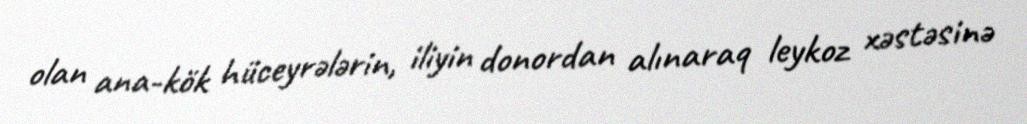
olan ana-kök hüceyrələrin, iliyin donordan alınaraq leykoz xəstəsinə